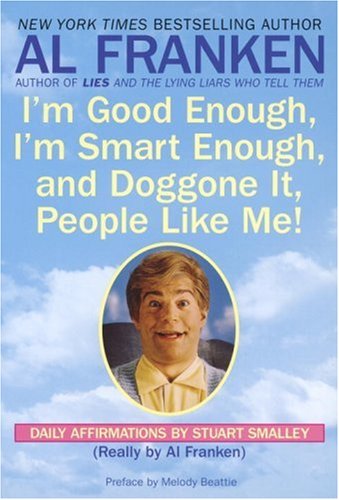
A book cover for I'm Good Enough, I'm Smart Enough, and Doggone It, People Like Me!: Daily Affirmations By Stuart Smalley; Al Franken; Humor & Entertainment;